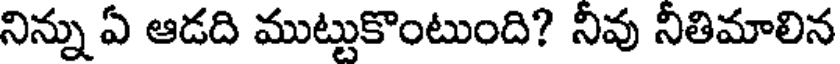
నిన్ను ఏ ఆడది ముట్టుకొంటుంది? నీవు నీతిమాలిన